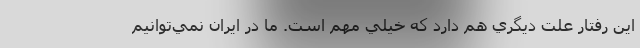
اين رفتار علت ديگري هم دارد كه خيلي مهم است. ما در ايران نمي‌توانيم